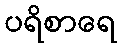
ပရိစာရေ